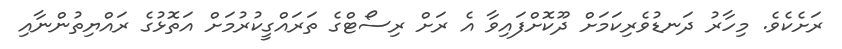
ރަށެކެވެ. މިހާރު ދަނޑުވެރިކަމަށް ދޫކޮށްފައިވާ އެ ރަށް ރިސޯޓްގެ ތަރައްގީކުރުމަށް އަތޮޅުގެ ރައްޔިތުންނާއި